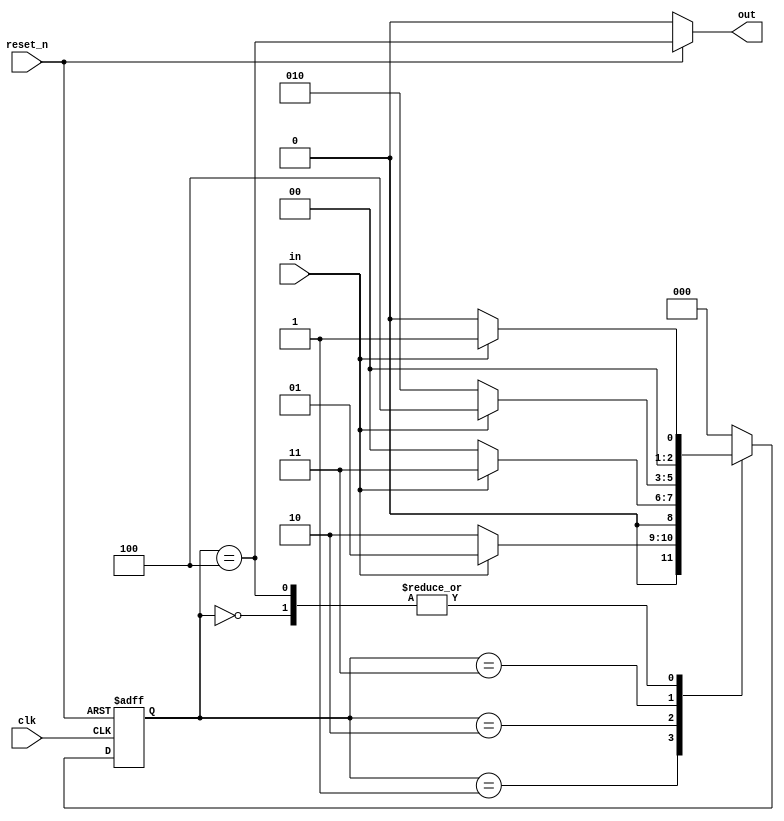
`timescale 1ns / 1ps
module seq_det_1011_moore_no(in, clk, reset_n, out);
    input in;
    input clk, reset_n;
    output reg out;
    
    parameter a=3'b000,
              b=3'b001,
              c=3'b010,
              d=3'b011,
              e=3'b100;
              
    reg [2:0] cur_state;
    reg [2:0] nxt_state;
    //Sequential current state update block
    always @(posedge clk, negedge reset_n)
    begin
        if(reset_n==0)
            cur_state <= a;
        else
            cur_state <= nxt_state;
    end
    //Combinational next state determination block
    always @(cur_state, in)
    begin
        case(cur_state)
            a : nxt_state = in?b:a;
            b : nxt_state = in?b:c;
            c : nxt_state = in?d:a;
            d : nxt_state = in?e:c;
            e : nxt_state = in?b:a;
            default : nxt_state = a;
        endcase
    end
    //Sequential output block
    always @(in, cur_state)
    begin
        if(reset_n==0)
            out<=1'b0;
        else
            out<=(cur_state==e);
    end
endmodule